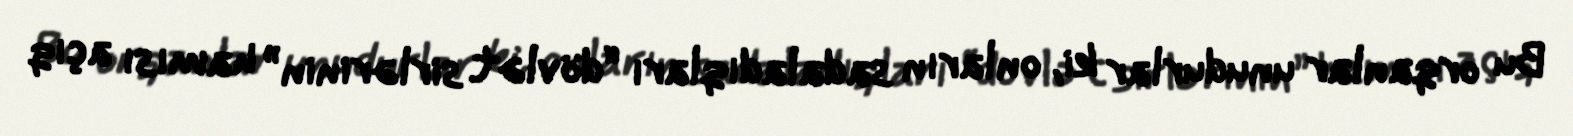
Bu orqanlar unudurlar ki, onların sadaladıqları “dövlət sirlərinin” hamısı açıq